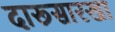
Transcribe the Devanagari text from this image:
दारूसारखा